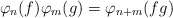
\begin{align*}\varphi_n(f) \varphi_m(g) = \varphi_{n + m} (fg)\end{align*}